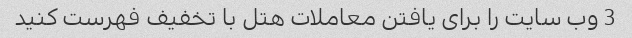
3 وب سایت را برای یافتن معاملات هتل با تخفیف فهرست کنید